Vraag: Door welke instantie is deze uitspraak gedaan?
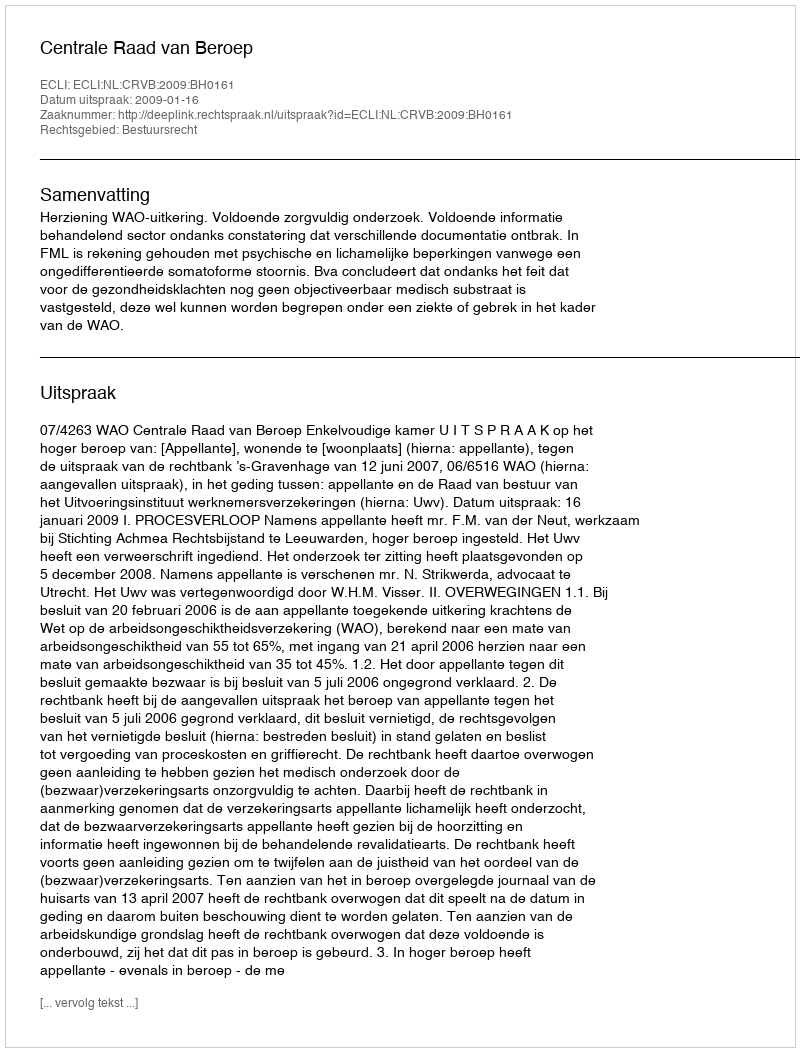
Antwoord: Centrale Raad van Beroep